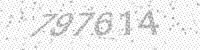
Solution: 797614